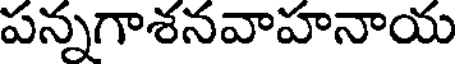
పన్నగాశనవాహనాయ